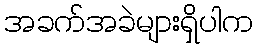
အခက်အခဲများရှိပါက